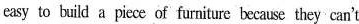
easy to build a piece of furniture because they can't